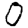
Digit: 0